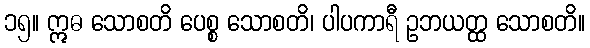
၁၅။ ဣဓ သောစတိ ပေစ္စ သောစတိ၊ ပါပကာရီ ဥဘယတ္ထ သောစတိ။